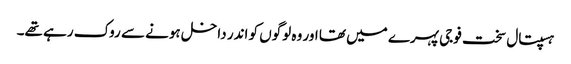
ہسپتال سخت فوجی پہرے میں تھا اور وہ لوگوں کو اندر داخل ہونے سے روک رہے تھے۔